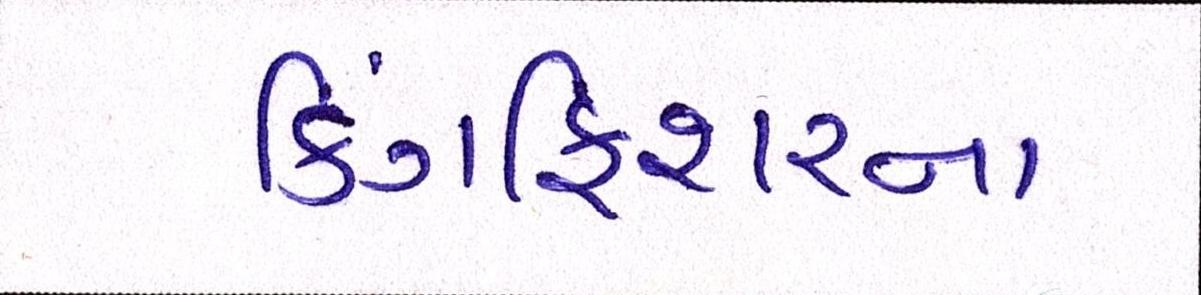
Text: કિંગફિશરના